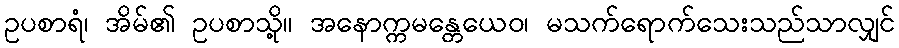
ဥပစာရံ၊ အိမ်၏ ဥပစာသို့။ အနောက္ကမန္တေယေဝ၊ မသက်ရောက်သေးသည်သာလျှင်